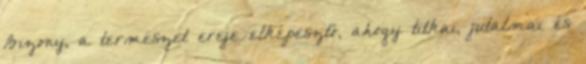
Bizony, a természet ereje elképesztő, ahogy titkai, jutalmai és